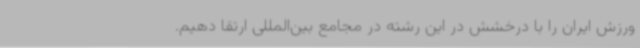
ورزش ایران را با درخشش در این رشته در مجامع بین‌المللی ارتقا دهیم.